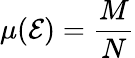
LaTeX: \mu({\cal E})={\frac{M}{N}}